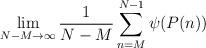
LaTeX: \begin{align*} \lim_{N-M \to \infty} \frac{1}{N-M} \sum_{n=M}^{N-1} \psi(P(n)) \end{align*}